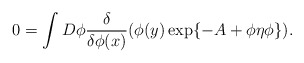
\begin{align*}0 = \int D\phi \frac{\delta}{\delta\phi (x)}(\phi(y) \exp \{ -A + \phi\eta\phi \}).\end{align*}